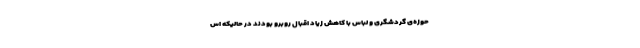
حوزه‌ی گردشگری و لباس با کاهش زیاد اقبال روبرو بودند در حالیکه اس